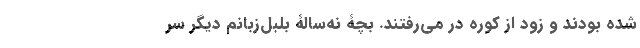
شده بودند و زود از کوره در می‌رفتند. بچۀ نه‌سالۀ بلبل‌زبانم دیگر سر